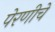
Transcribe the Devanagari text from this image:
पेरणीचे